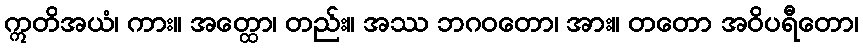
ဣတိအယံ၊ ကား။ အတ္ထော၊ တည်း။ အဿ ဘဂဝတော၊ အား။ တတော အဝိပရီတော၊